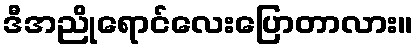
ဒီအညိုရောင်လေးပြောတာလား။